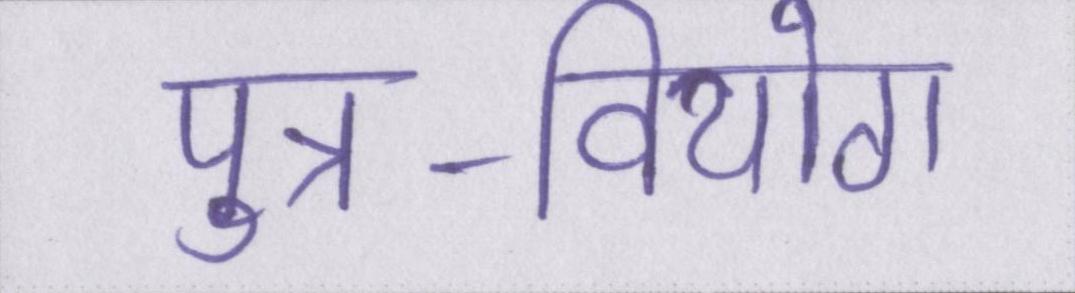
पुत्र-वियोग